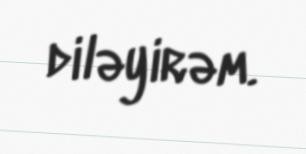
diləyirəm.